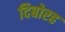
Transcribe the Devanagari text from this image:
दिबोरह